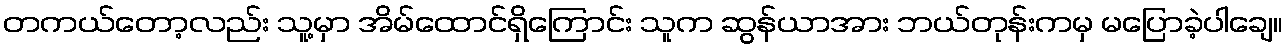
တကယ်တော့လည်း သူ့မှာ အိမ်ထောင်ရှိကြောင်း သူက ဆွန်ယာအား ဘယ်တုန်းကမှ မပြောခဲ့ပါချေ။